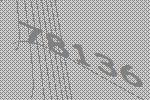
78136